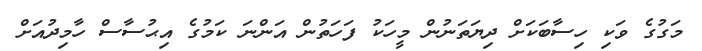
މަގުުގެ ވަކި ހިސާބަކަށް ދިޔަތަނުން މީހަކު ފަހަތުން އަންނަ ކަމުގެ އިޙުސާސް ހާމިދުއަށް